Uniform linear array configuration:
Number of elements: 16
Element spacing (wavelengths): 1
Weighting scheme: blackman
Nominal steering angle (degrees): -30
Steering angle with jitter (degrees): -30.864
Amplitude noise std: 0.05
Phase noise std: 0.05

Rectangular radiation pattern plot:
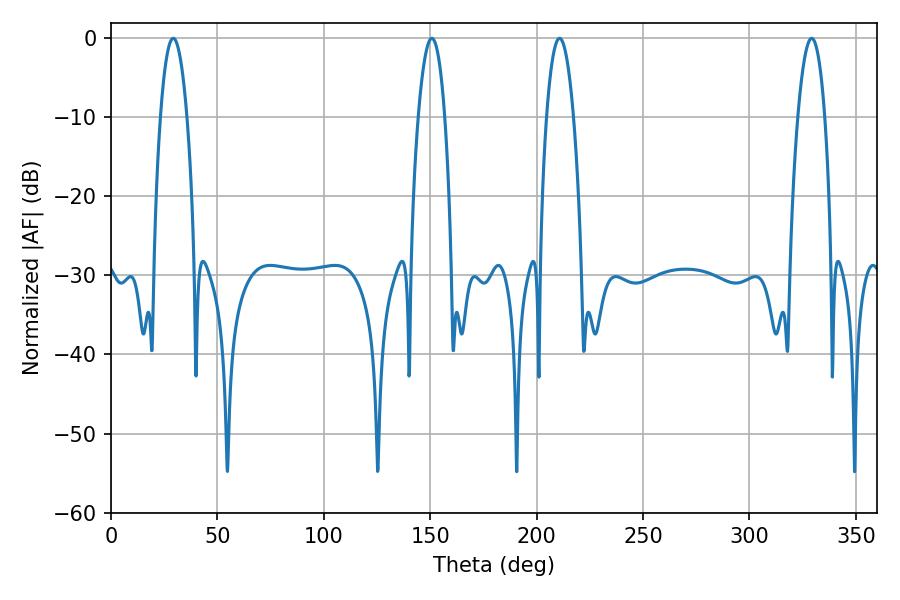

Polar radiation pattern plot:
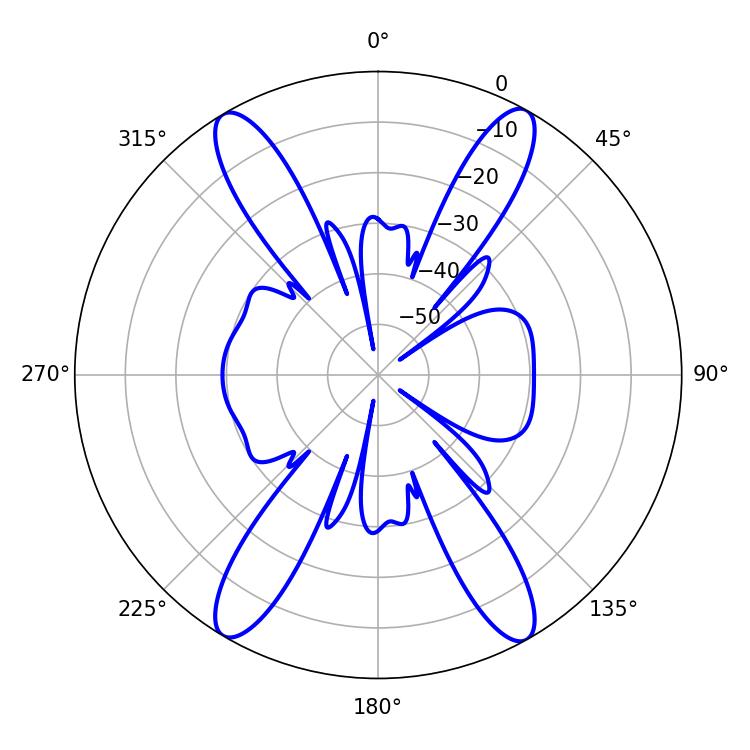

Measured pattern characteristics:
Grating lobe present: TRUE
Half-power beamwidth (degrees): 7.02
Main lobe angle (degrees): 329.22